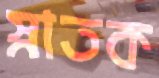
স্নাতক